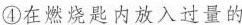
④在燃烧匙内放入过量的